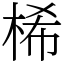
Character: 桸